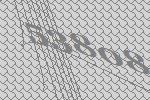
53808